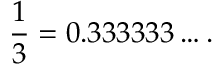
{ \frac { 1 } { 3 } } = 0 . 3 3 3 3 3 3 \ldots .